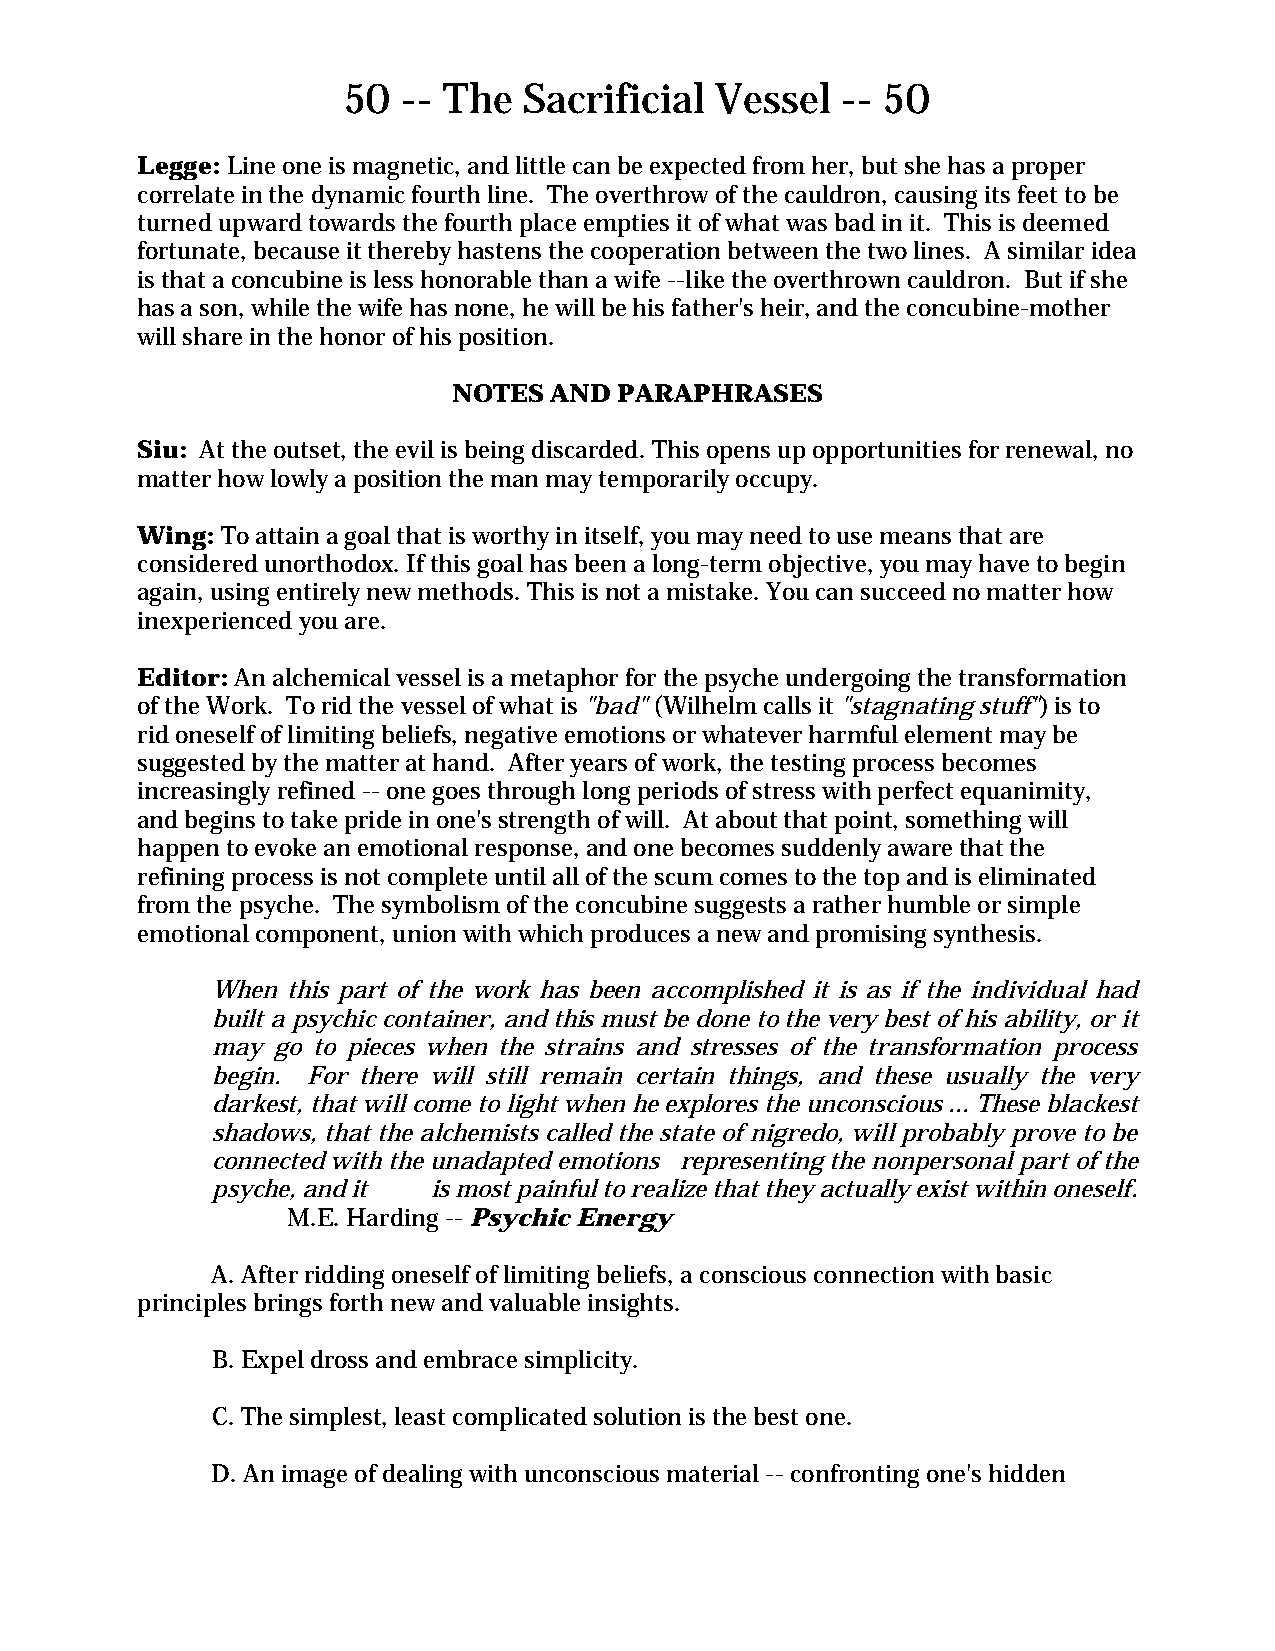
50  -- The  Sacrificial Vessel   -- 50
 Legge: Line one is magnetic, and little can be expected from her, but she has a proper
 correlate in the dynamic fourth line. The overthrow of the cauldron, causing its feet to be
 turned upward towards the fourth place empties it of what was bad in it. This is deemed
 fortunate, because it thereby hastens the cooperation between the two lines. A similar idea
 is that a concubine is less honorable than a wife --like the overthrown cauldron. But if she
 has a son, while the wife has none, he will be his father's heir, and the concubine-mother
 will share in the honor of his position.
 NOTES AND  PARAPHRASES
 Siu: At the outset, the evil is being discarded. This opens up opportunities for renewal, no
 matter how lowly a position the man may temporarily occupy.
 Wing: To attain a goal that is worthy in itself, you may need to use means that are
 considered unorthodox. If this goal has been a long-term objective, you may have to begin
 again, using entirely new methods. This is not a mistake. You can succeed no matter how
 inexperienced you are.
 Editor: An alchemical vessel is a metaphor for the psyche undergoing the transformation
 of the Work. To rid the vessel of what is "bad" (Wilhelm calls it "stagnating stuff") is to
 rid oneself of limiting beliefs, negative emotions or whatever harmful element may be
 suggested by the matter at hand. After years of work, the testing process becomes
 increasingly refined -- one goes through long periods of stress with perfect equanimity,
 and begins to take pride in one's strength of will. At about that point, something will
 happen to evoke an emotional response, and one becomes suddenly aware that the
 refining process is not complete until all of the scum comes to the top and is eliminated
 from the psyche. The symbolism of the concubine suggests a rather humble or simple
 emotional component, union with which produces a new and promising synthesis.
 When this part of the work has been accomplished it is as if the individual had
 built a psychic container, and this must be done to the very best of his ability, or it
 may go to pieces when the strains and stresses of the transformation process
 begin. For there will still remain certain things, and these usually the very
 darkest, that will come to light when he explores the unconscious ... These blackest
 shadows, that the alchemists called the state of nigredo, will probably prove to be
 connected with the unadapted emotions representing the nonpersonal part of the
 psyche, and it is most painful to realize that they actually exist within oneself.
 M.E. Harding -- Psychic Energy
 A. After ridding oneself of limiting beliefs, a conscious connection with basic
 principles brings forth new and valuable insights.
 B. Expel dross and embrace simplicity.
 C. The simplest, least complicated solution is the best one.
 D. An image of dealing with unconscious material -- confronting one's hidden